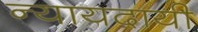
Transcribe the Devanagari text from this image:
न्यायदायी